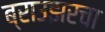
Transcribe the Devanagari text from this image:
ब्राउझरचा